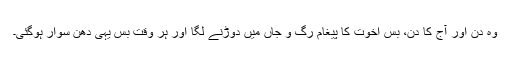
وہ دن اور آج کا دن، بس اخوت کا پیغام رگ و جاں میں دوڑنے لگا اور ہر وقت بس یہی دھن سوار ہوگئی۔